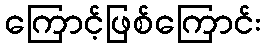
ကြောင့်ဖြစ်ကြောင်း